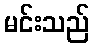
မင်းသည်